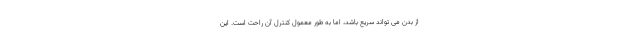
از بدن می تواند سریع باشد، اما به طور معمول کنترل آن راحت است. این